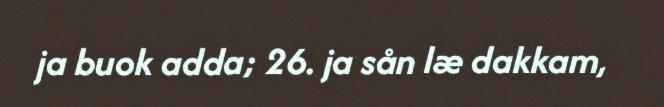
ja buok adda; 26. ja sån læ dakkam,